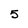
Character: 5